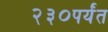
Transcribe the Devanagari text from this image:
२३०पर्यंत